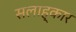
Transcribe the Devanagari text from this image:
सलाह्कार